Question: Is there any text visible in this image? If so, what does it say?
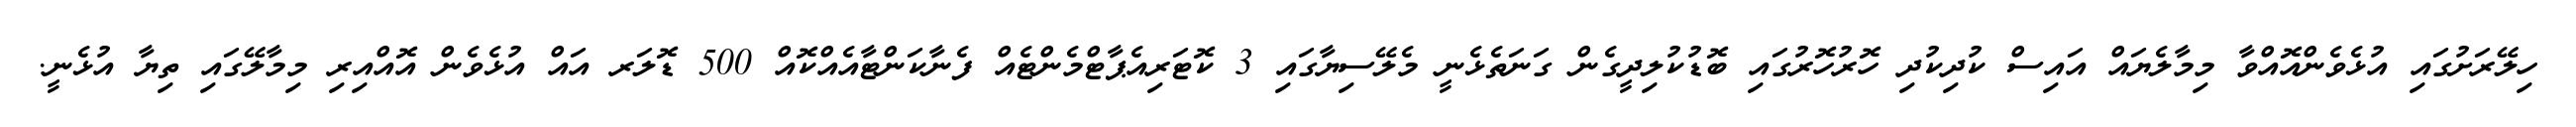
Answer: ހިލޭރަށުގައި އުޅެވެންއޮއްވާ މިމާލެޔައް އައިސް ކުދިކުދި ހޮރުހޮރުގައި ބޮޑުކުލިދީގެން ގަނަތެޅެނީ މެލޭސިޔާގައި 3 ކޮޓަރިއެޕާޓްމެންޓެއް ފެނާކަންޓާއެއްކޮއް 500 ޑޮލަރ އައް އުޅެވެން އޮއްއިރި މިމާލޭގައި ތިޔާ އުޅެނީ.